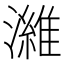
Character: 濰